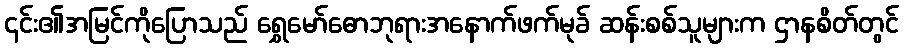
၎င်း၏အမြင်ကိုပြောသည် ရွှေမော်ဓောဘုရားအနောက်ဖက်မုခ် ဆန်းစစ်သူများက ဌာနစိတ်တွင်